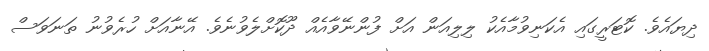
ދިޔައެވެ. ކޮޓަރީގައި އެކަނިވުމާއެކު ލިލިއަން އަށް ފުންނޭވާއެއް ދޫކޮށްލެވުނެވެ. އޭނާއަށް ހުރެވުނު ތަނަވަސް